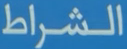
الشراط